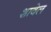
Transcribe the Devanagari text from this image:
शावेल